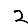
Digit: 2